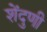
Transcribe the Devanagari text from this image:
शेंदुणी